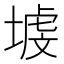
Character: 𱗡